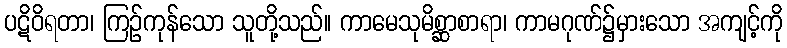
ပဋိဝိရတာ၊ ကြဉ်ကုန်သော သူတို့သည်။ ကာမေသုမိစ္ဆာစာရာ၊ ကာမဂုဏ်၌မှားသော အကျင့်ကို